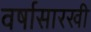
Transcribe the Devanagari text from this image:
वर्षासारखी